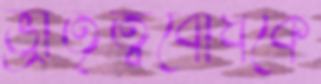
ভ্রাতৃত্ববোধকে